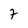
Character: 7